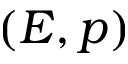
( E , p )